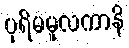
ပုရိမမူလကာနိ